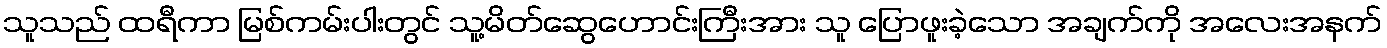
သူသည် ထရီကာ မြစ်ကမ်းပါးတွင် သူ့မိတ်ဆွေဟောင်းကြီးအား သူ ပြောဖူးခဲ့သော အချက်ကို အလေးအနက်